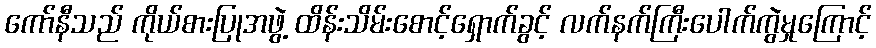
ကော်နီသည် ကိုယ်စားပြုအဖွဲ့ ထိန်းသိမ်းစောင့်ရှောက်ခွင့် လက်နက်ကြီးပေါက်ကွဲမှုကြောင့်